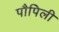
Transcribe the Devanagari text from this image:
पौपिली